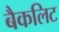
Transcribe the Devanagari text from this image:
बैकलिट